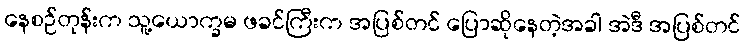
နေစဉ်တုန်းက သူ့ယောက္ခမ ဖခင်ကြီးက အပြစ်တင် ပြောဆိုနေတဲ့အခါ အဲဒီ အပြစ်တင်